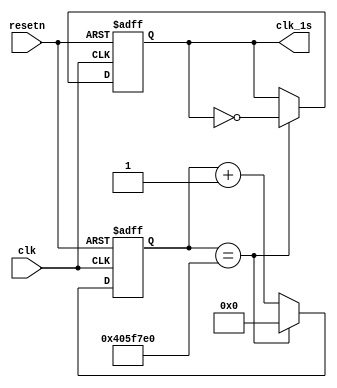
module clk_1s_generator (
    input clk,
    input resetn,
    output reg clk_1s
    );
    reg [31:0] cnt;
    always @(negedge resetn or posedge clk) begin
        if ( !resetn ) begin
            clk_1s <= 0;
            cnt <= 0;
        end
        else begin
            if ( cnt == 32'd67_500_000) begin
                cnt <= 0;
                clk_1s = ~clk_1s;
            end
            else
                cnt <= cnt + 1;
        end
    end
    
endmodule